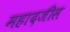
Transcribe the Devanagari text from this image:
महादजीस